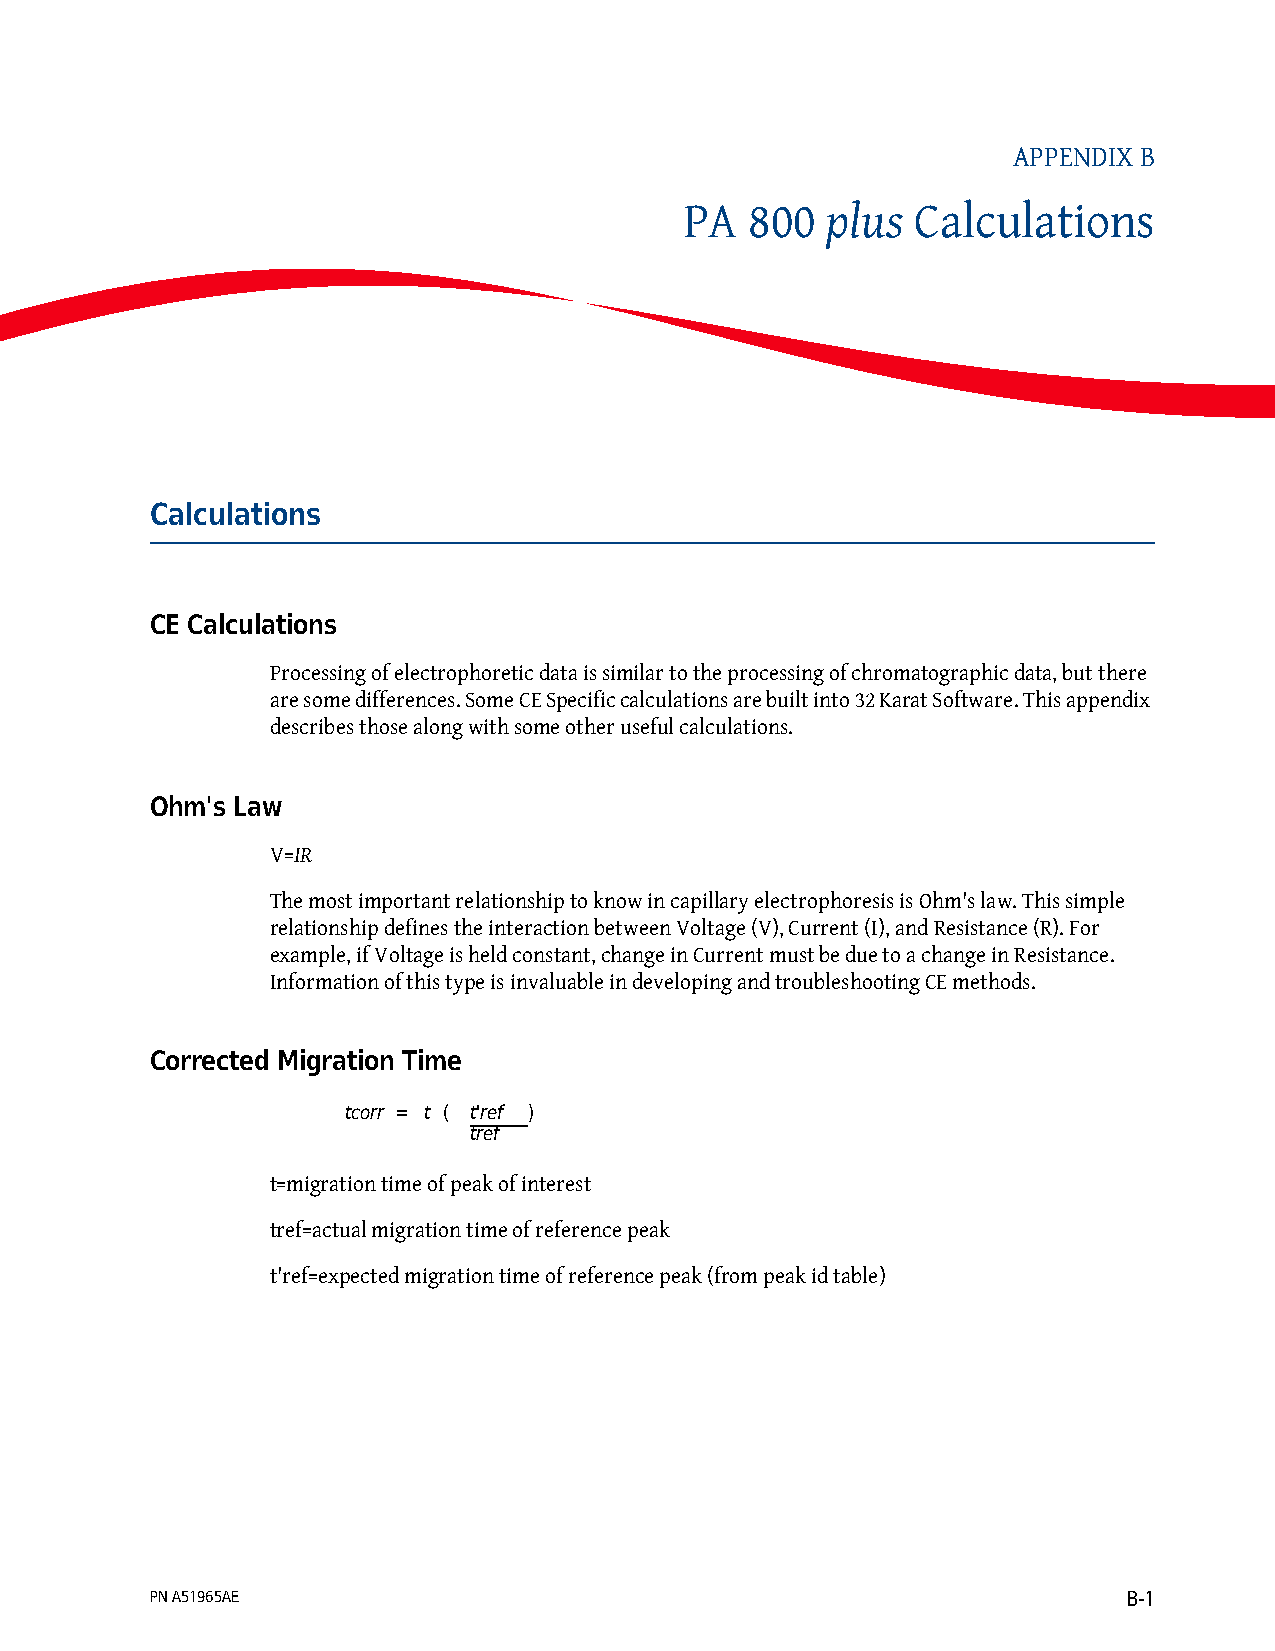
APPENDIX B
 plus
 PA   800        Calculations
 Calculations
 CE Calculations
 Processing of electrophoretic data is similar to the processing of chromatographic data, but there
 are some differences. Some CE Specific calculations are built into 32 Karat Software. This appendix
 describes those along with some other useful calculations.
 Ohm's Law
 V=IR
 The most important relationship to know in capillary electrophoresis is Ohm's law. This simple
 relationship defines the interaction between Voltage (V), Current (I), and Resistance (R). For
 example, if Voltage is held constant, change in Current must be due to a change in Resistance.
 Information of this type is invaluable in developing and troubleshooting CE methods.
 Corrected Migration Time
 tcorr = t ( t'ref )
 tref
 t=migration time of peak of interest
 tref=actual migration time of reference peak
 t'ref=expected migration time of reference peak (from peak id table)
 PN A51965AE                                                      B-1